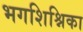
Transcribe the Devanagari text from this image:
भगशिश्निका